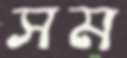
সম